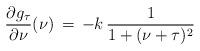
LaTeX: \begin{align*}{\partial g_{\tau}\over \partial \nu}(\nu)\,=\,-k\,{1\over 1+(\nu+\tau)\sp2}\end{align*}